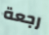
رجعة